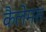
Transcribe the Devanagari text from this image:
कैलेमस